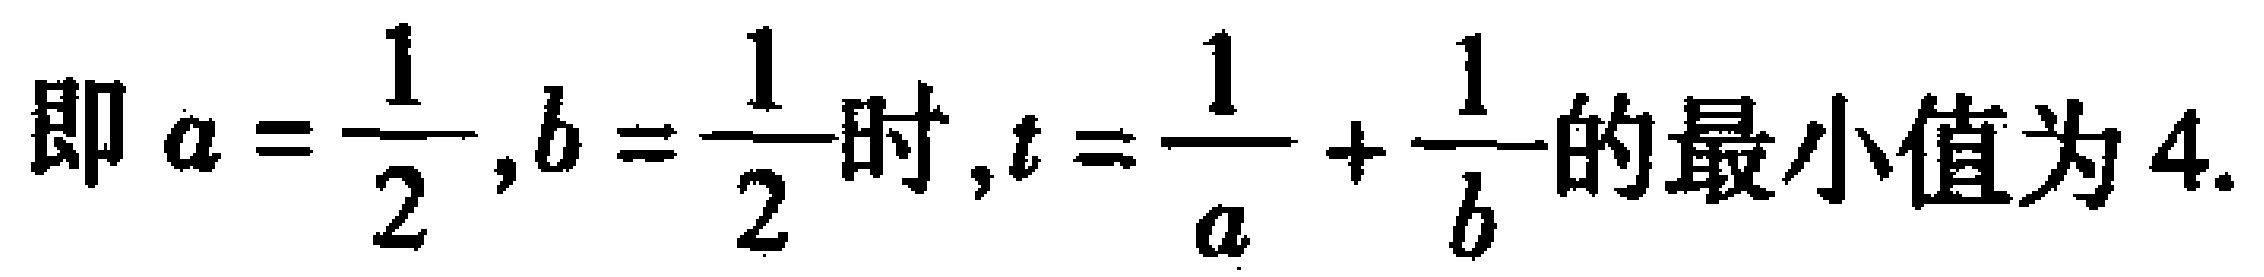
即 \(a = \dfrac{1}{2},b = \dfrac{1}{2}\)时,\(t = \dfrac{1}{a} + \dfrac{1}{b}\)的最小值为 \(4\).